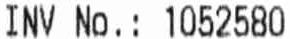
INV NO.: 1052580